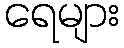
ရေများ